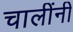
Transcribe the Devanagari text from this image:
चालींनी